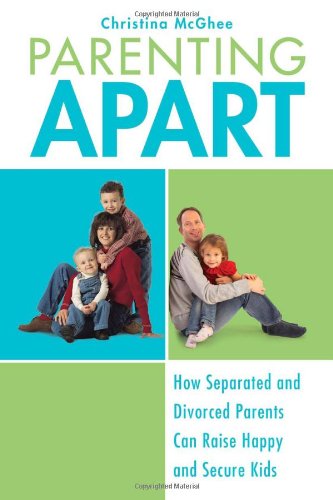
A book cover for Parenting Apart: How Separated and Divorced Parents Can Raise Happy and Secure Kids; Christina McGhee; Parenting & Relationships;